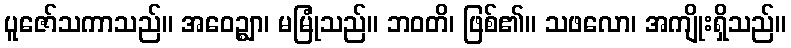
ပူဇော်သကာသည်။ အဝေဉ္ဈာ၊ မမြုံသည်။ ဘဝတိ၊ ဖြစ်၏။ သဖလော၊ အကျိုးရှိသည်။